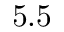
5 . 5